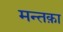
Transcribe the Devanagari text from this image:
मन्तक़ा